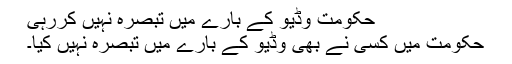
حکومت وڈیو کے بارے میں تبصرہ نہیں کررہی
حکومت میں کسی نے بھی وڈیو کے بارے میں تبصرہ نہیں کیا۔